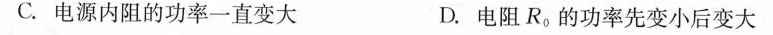
C.电源内阻的功率一直变大 D.电阻R_{0}的功率先变小后变大